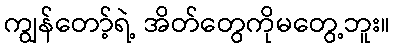
ကျွန်တော့်ရဲ့ အိတ်တွေကိုမတွေ့ဘူး။